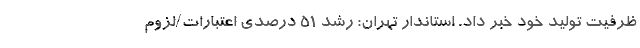
ظرفیت تولید خود خبر داد. استاندار تهران: رشد ۵۱ درصدی اعتبارات/لزوم